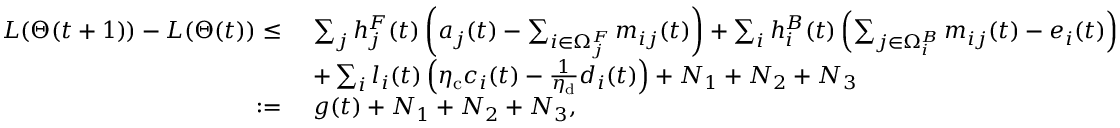
\begin{array} { r l } { L ( \boldsymbol { \Theta } ( t + 1 ) ) - L ( \boldsymbol { \Theta } ( t ) ) \le ~ } & { \sum _ { j } h _ { j } ^ { F } ( t ) \left( a _ { j } ( t ) - \sum _ { i \in \Omega _ { j } ^ { F } } m _ { i j } ( t ) \right) + \sum _ { i } h _ { i } ^ { B } ( t ) \left( \sum _ { j \in \Omega _ { i } ^ { B } } m _ { i j } ( t ) - e _ { i } ( t ) \right) } \\ { ~ } & { + \sum _ { i } l _ { i } ( t ) \left( \eta _ { \mathrm { c } } c _ { i } ( t ) - \frac { 1 } { \eta _ { \mathrm { d } } } d _ { i } ( t ) \right) + N _ { 1 } + N _ { 2 } + N _ { 3 } } \\ { : = ~ } & { g ( t ) + N _ { 1 } + N _ { 2 } + N _ { 3 } , } \end{array}